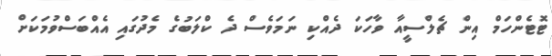
ޓޮޓެންހަމް އިން ޗެލްސީއާ ވާހަކަ ދެއްކި ނަމަވެސް ދެ ކްލަބުގެ މެދުގައި އެއްބަސްވުމަކަށް